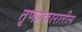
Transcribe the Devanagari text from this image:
तृणप्रकारातील